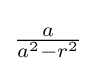
{\textstyle {\frac {a}{a^{2}-r^{2}}}}